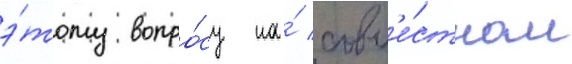
э́тому вопро́су на́ совм'е́стном